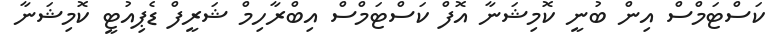
ކަސްޓަމްސް އިން ބުނީ ކޮމިޝަނާ އޮފް ކަސްޓަމްސް އިބްރާހިމް ޝަރީފް ޑެޕިއުޓީ ކޮމިޝަނާ